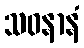
သဝနာနံ